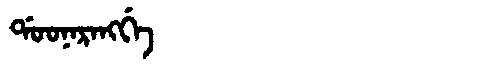
Manchu: ᡩᠣᠣᠨᠠᡵᠠᠩᡤᡝ
Romanization: DOONARANGGE